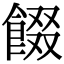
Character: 餟